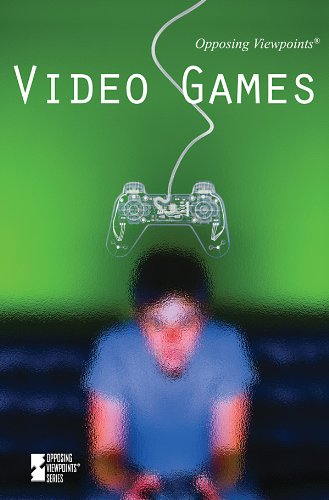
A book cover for Video Games (Opposing Viewpoints); Laurie Willis; Teen & Young Adult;